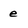
Character: e